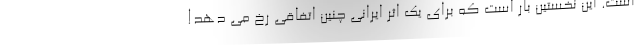
است. این نخستین بار است که برای یک اثر ایرانی چنین اتفاقی رخ می دهد!